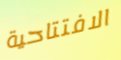
الافتتاحية